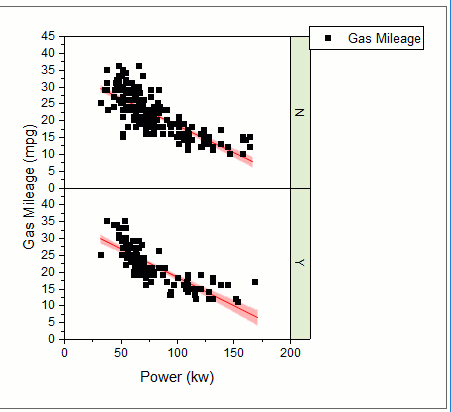
origin, graph maker app, scatter plot, fitted curve, grouped,  confidence bands